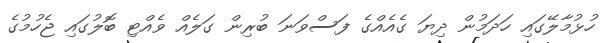
ހުޅުމާލޭގައި ހަދަމުން ދިޔަ ގެއެއްގެ ފަސްވަނަ ބުރިން ގަލެއް ވެއްޓި ބޮލުގައި ޖެހުމުގެ